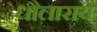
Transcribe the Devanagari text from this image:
धौलाराय